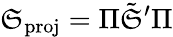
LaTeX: \mathfrak{S}_{\mathrm{{proj}}}=\Pi\tilde{{\mathfrak{S}}}^{\prime}\Pi